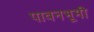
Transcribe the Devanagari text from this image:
पावनभूमी